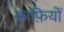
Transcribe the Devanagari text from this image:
काफ़ियों